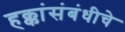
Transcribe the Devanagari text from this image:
हक्कांसंबंधीचे